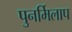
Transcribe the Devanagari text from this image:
पुनर्मिलाप